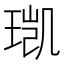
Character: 𮴥